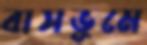
বাসভূমে